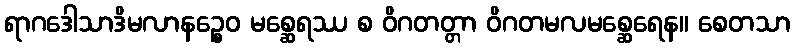
ရာဂဒေါသာဒိမလာနဉ္စေဝ မစ္ဆေရဿ စ ဝိဂတတ္တာ ဝိဂတမလမစ္ဆေရေန။ စေတသာ